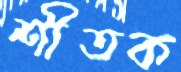
শীতক